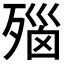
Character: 𬆛